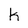
Character: k